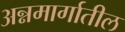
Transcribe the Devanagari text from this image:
अन्नमार्गातील